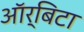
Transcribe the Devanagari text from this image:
ऑर्बिटा